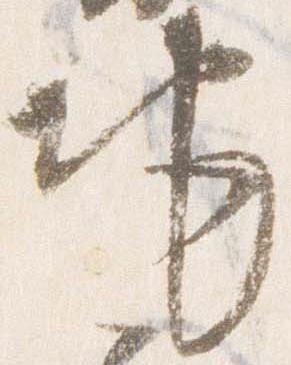
地